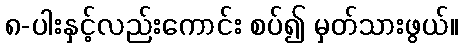
၈-ပါးနှင့်လည်းကောင်း စပ်၍ မှတ်သားဖွယ်။